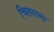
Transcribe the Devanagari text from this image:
चितसभा